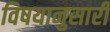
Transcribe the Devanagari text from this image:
विषयानुसारी